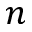
n